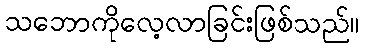
သဘောကိုလေ့လာခြင်းဖြစ်သည်။